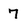
Character: 7